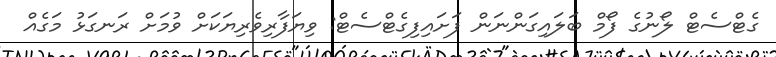
ގެޓްސެޓް ލޯނުގެ ފޯމް ބަލައިގަންނަން ފަށައިފިގެޓްސެޓް: ވިޔަފާރިވެރިޔަކަށް ވުމަށް ރަނގަޅު މަގެއް